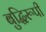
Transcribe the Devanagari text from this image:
बुद्धिरूपी